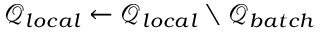
\mathcal { Q } _ { l o c a l } \leftarrow \mathcal { Q } _ { l o c a l } \setminus \mathcal { Q } _ { b a t c h }